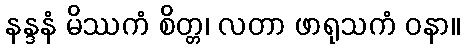
နန္ဒနံ မိဿကံ စိတ္တ၊ လတာ ဖာရုသကံ ဝနာ။